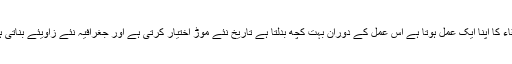
ارتقاء کا اپنا ایک عمل ہوتا ہے اس عمل کے دوران بہت کچھ بدلتا ہے تاریخ نئے موڑ اختیار کرتی ہے اور جغرافیہ نئے زاویئے بناتی ہے۔